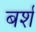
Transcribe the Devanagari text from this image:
बर्श